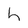
Character: h